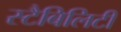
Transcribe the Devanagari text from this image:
स्टैबिलिटी